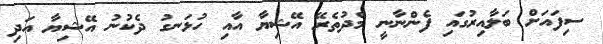
ސިފައަށް ބަލާއިރުގައި ފެންނާނީ މެދުތެރޭ އޭޝިޔާ އާއި ހުޅަނގު ދެކުނު އޭޝިޔާ އަދި